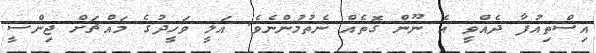
އިސްތިއުފާ ދެއްވީ އެ ނޫން ގޮތެއް ނެތުމުންނެވެ. އަލީ ވަހީދުގެ މައްޗަށް ޖިންސީ